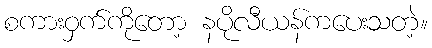
စကားဝှက်ကိုတော့ နပိုလီယန်ကပေးသတဲ့။